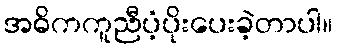
အဓိကကူညီပံ့ပိုးပေးခဲ့တာပါ။